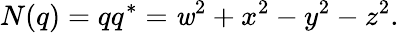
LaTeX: N(q)=qq^{*}=\mathit{w}^{2}+x^{2}-y^{2}-z^{2}.